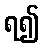
ရ၍